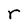
Character: r